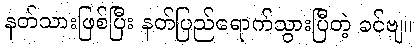
နတ်သားဖြစ်ပြီး နတ်ပြည်ရောက်သွားပြီတဲ့ ခင်ဗျ။